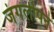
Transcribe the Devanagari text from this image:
जंगलीपने